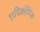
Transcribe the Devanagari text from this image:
एपिर्कोमिक